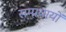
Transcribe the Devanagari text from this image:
सम्प्रयायों